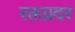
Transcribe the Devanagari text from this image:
रक्तप्रदर